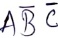
Text: ABC